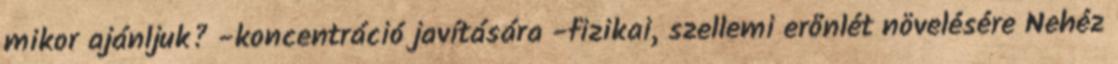
mikor ajánljuk? -koncentráció javítására -fizikai, szellemi erőnlét növelésére Nehéz